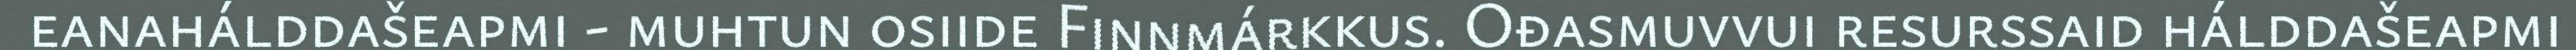
eanahálddašeapmi - muhtun osiide Finnmárkkus. Ođasmuvvui resurssaid hálddašeapmi